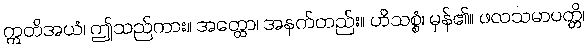
ဣတိအယံ၊ ဤသည်ကား။ အတ္ထော၊ အနက်တည်း။ ဟိသစ္စံ၊ မှန်၏။ ဖလသမာပတ္တိ၊